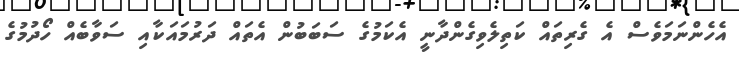
އެހެންނަމަވެސް އެ ގެރިތައް ކަތިލެވިގެންދާނީ އެކަމުގެ ސަބަބުން އެތައް ދަރުމައަކާއި ސަވާބެއް ހޯދުމުގެ